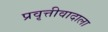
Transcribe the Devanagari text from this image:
प्रवृत्तीवादाला